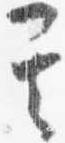
其